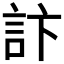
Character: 𮗾